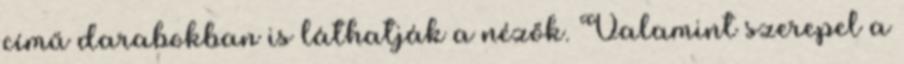
című darabokban is láthatják a nézők. Valamint szerepel a